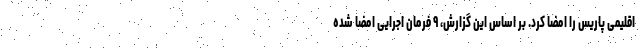
اقلیمی پاریس را امضا کرد. بر اساس این گزارش، ۹ فرمان اجرایی امضا شده